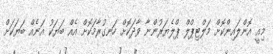
މިއީ އޮންލައިންކޮށް މަލްޓިޕްލް ޕްލެޔަރުންނާ ވާދަކޮށް ހަނގުރާމަކޮށް އެއް ބަޔަކު އަނެއް ބަޔަކަށް